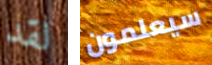
لقد سيعلمون